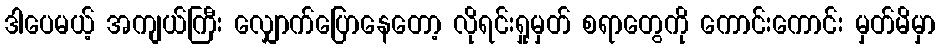
ဒါပေမယ့် အကျယ်ကြီး လျှောက်ပြောနေတော့ လိုရင်းရှုမှတ် စရာတွေကို ကောင်းကောင်း မှတ်မိမှာ